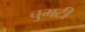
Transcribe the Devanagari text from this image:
चुमटी